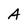
Character: A